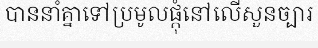
បាននាំគ្នាទៅប្រមូលផ្តុំនៅលើសួនច្បារ